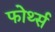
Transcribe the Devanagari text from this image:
फोर्थ्स